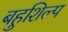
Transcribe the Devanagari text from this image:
बहुशिल्प